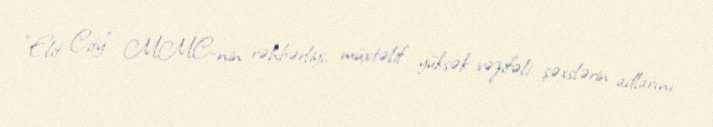
“Elit City” MMC-nin rəhbərliyi, müxtəlif yüksək vəzifəli şəxslərin adlarını